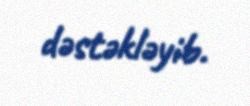
dəstəkləyib.